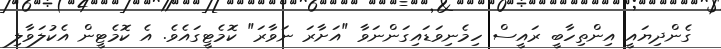
ގެންދިޔައީ އިންތިހާބީ ރައީސް ހިމެނިވަޑައިގަންނަވާ "އަށާރަ ނަވާރަ" ކޮމެޓީގައެވެ. އެ ކޮމެޓީން އެކުލަވާލި